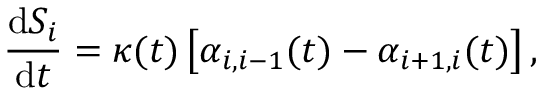
\frac { { \mathrm d } S _ { i } } { { \mathrm d } t } = \kappa ( t ) \left[ \alpha _ { i , i - 1 } ( t ) - \alpha _ { i + 1 , i } ( t ) \right] ,